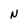
Character: N